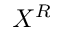
X ^ { R }